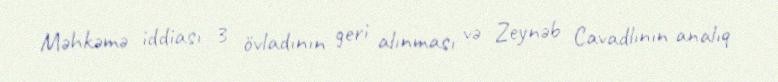
Məhkəmə iddiası 3 övladının geri alınması və Zeynəb Cavadlının analıq